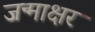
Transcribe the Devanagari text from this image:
जन्माक्षर